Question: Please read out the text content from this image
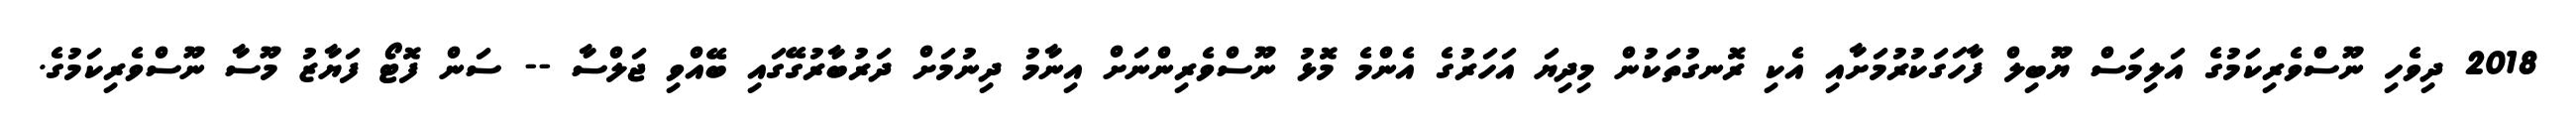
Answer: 2018 ދިވެހި ނޫސްވެރިކަމުގެ އަލިމަސް ޔޫބިލް ފާހަގަކުރުމަށާއި އެކި ރޮނގުތަކުން މިދިޔަ އަހަރުގެ އެންމެ މޮޅު ނޫސްވެރިންނަށް އިނާމު ދިނުމަށް ދަރުބާރުގޭގައި ބޭއްވި ޖަލްސާ -- ސަން ފޮޓޯ ފަޔާޒު މޫސާ ނޫސްވެރިކަމުގެ.